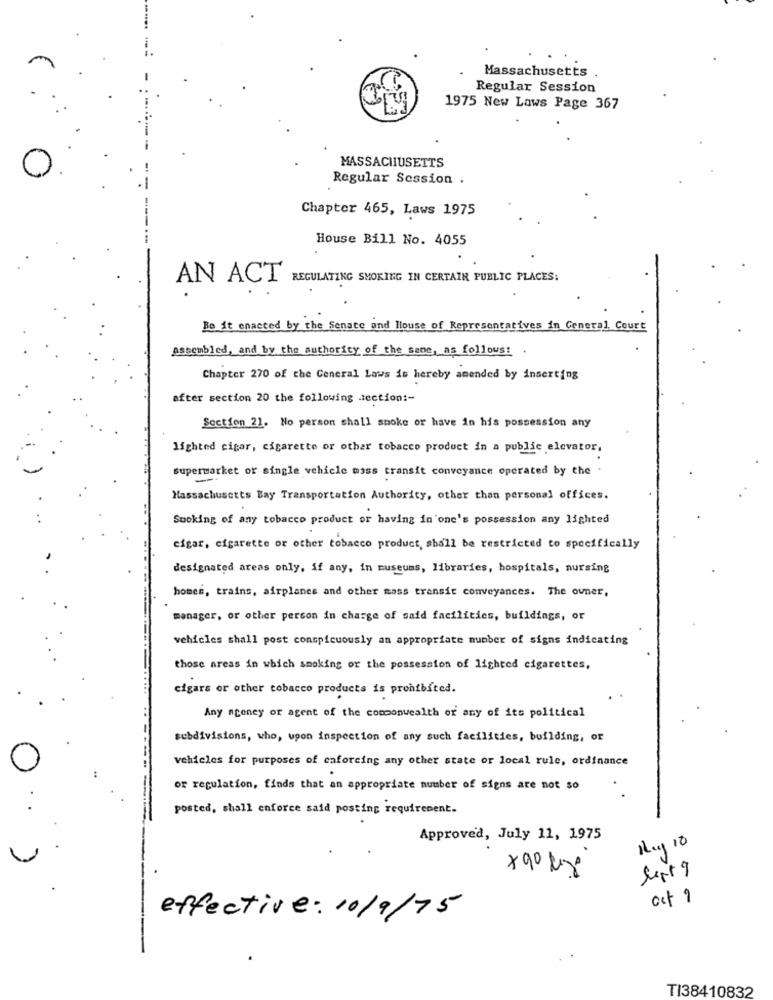
Massachusetts
Regular Session
1975 New Laws Page 367
MASSACHUSETTS
Regular Session .
Chapter 465, Laws 1975
-----
House Bill No. 4055
AN ACT REGULATING SMOKING IN CERTAIN PUBLIC PLACES:
Be it enacted by the Senate and House of Representatives in General Court
Assembled, and by the authority of the same, as follows: .
Chapter 270 of the General Laws is hereby amended by inserting
after section 20 the following .tection :-
Section 21. No person shall smoke or have in his possession any
lighted cigar, cigarette or other tobacco product in a public elevator,
supermarket or single vehicle mass transit conveyance operated by the .
Massachusetts Bay Transportation Authority, other than personal offices.
Suoking of any tobacco product or having in one's possession any lighted
cigar, cigarette or other tobacco product, shall be restricted to specifically
designated areas only, if any, in museums, libraries, hospitals, nursing
---
homes, trains, airplanes and other mass transit conveyances. The owner,
manager, or other person in charge of said facilities, buildings, or
vehicles shall post conspicuously an appropriate number of signs indicating
those areas in which smoking or the possession of lighted cigarettes,
cigars or other tobacco products is prohibited.
Any agoney or agent of the commonwealth or any of its political
subdivisions, who, upon inspection of any such facilities, building, or
vehicles for purposes of caforcing any other state or local rule, ordinance
or regulation, finds that an appropriate number of signs are not so
posted, shall enforce said posting requirement.
Approved, July 11, 1975
Muy 10
x90 kg
act ?
effective: 10/9/75
TI38410832